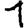
Digit: 1